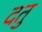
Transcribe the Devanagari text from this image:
दतु